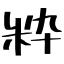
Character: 粋